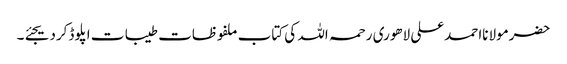
حضرمولانااحمدعلی لاھوری رحمہ اللہ کی کتاب ملفوظات طیبات اپلوڈکردیجئے۔